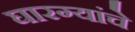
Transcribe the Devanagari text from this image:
घारग्यांचे